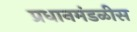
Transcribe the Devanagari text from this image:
प्रधानमंडळीस